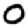
Digit: 0